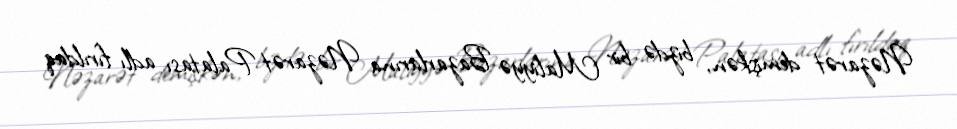
Nəzarət demişkən, bizdə bir Maliyyə Bazarlarına Nəzarət Palatası adlı fırıldaq